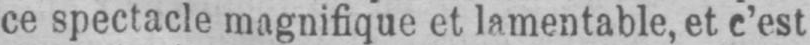
ce spectacle magnifique et lamentable, et c’est